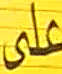
على